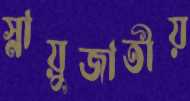
স্নায়ুজাতীয়